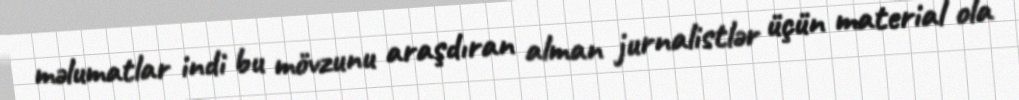
məlumatlar indi bu mövzunu araşdıran alman jurnalistlər üçün material ola